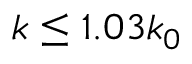
k \le 1 . 0 3 k _ { 0 }